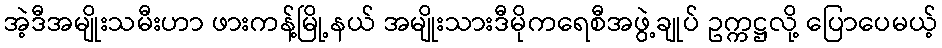
အဲ့ဒီအမျိုးသမီးဟာ ဖားကန့်မြို့နယ် အမျိုးသားဒီမိုကရေစီအဖွဲ့ချုပ် ဥက္ကဋ္ဌလို့ ပြောပေမယ့်